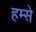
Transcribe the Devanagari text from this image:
हम्से